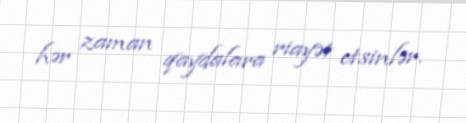
hər zaman qaydalara riayət etsinlər.